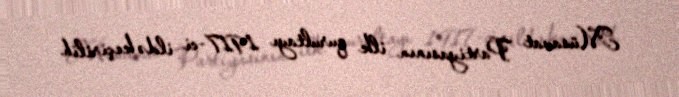
Müsavat Partiyasının ilk qurultayı 1917-ci ildə keçirilib.